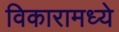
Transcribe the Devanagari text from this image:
विकारामध्ये